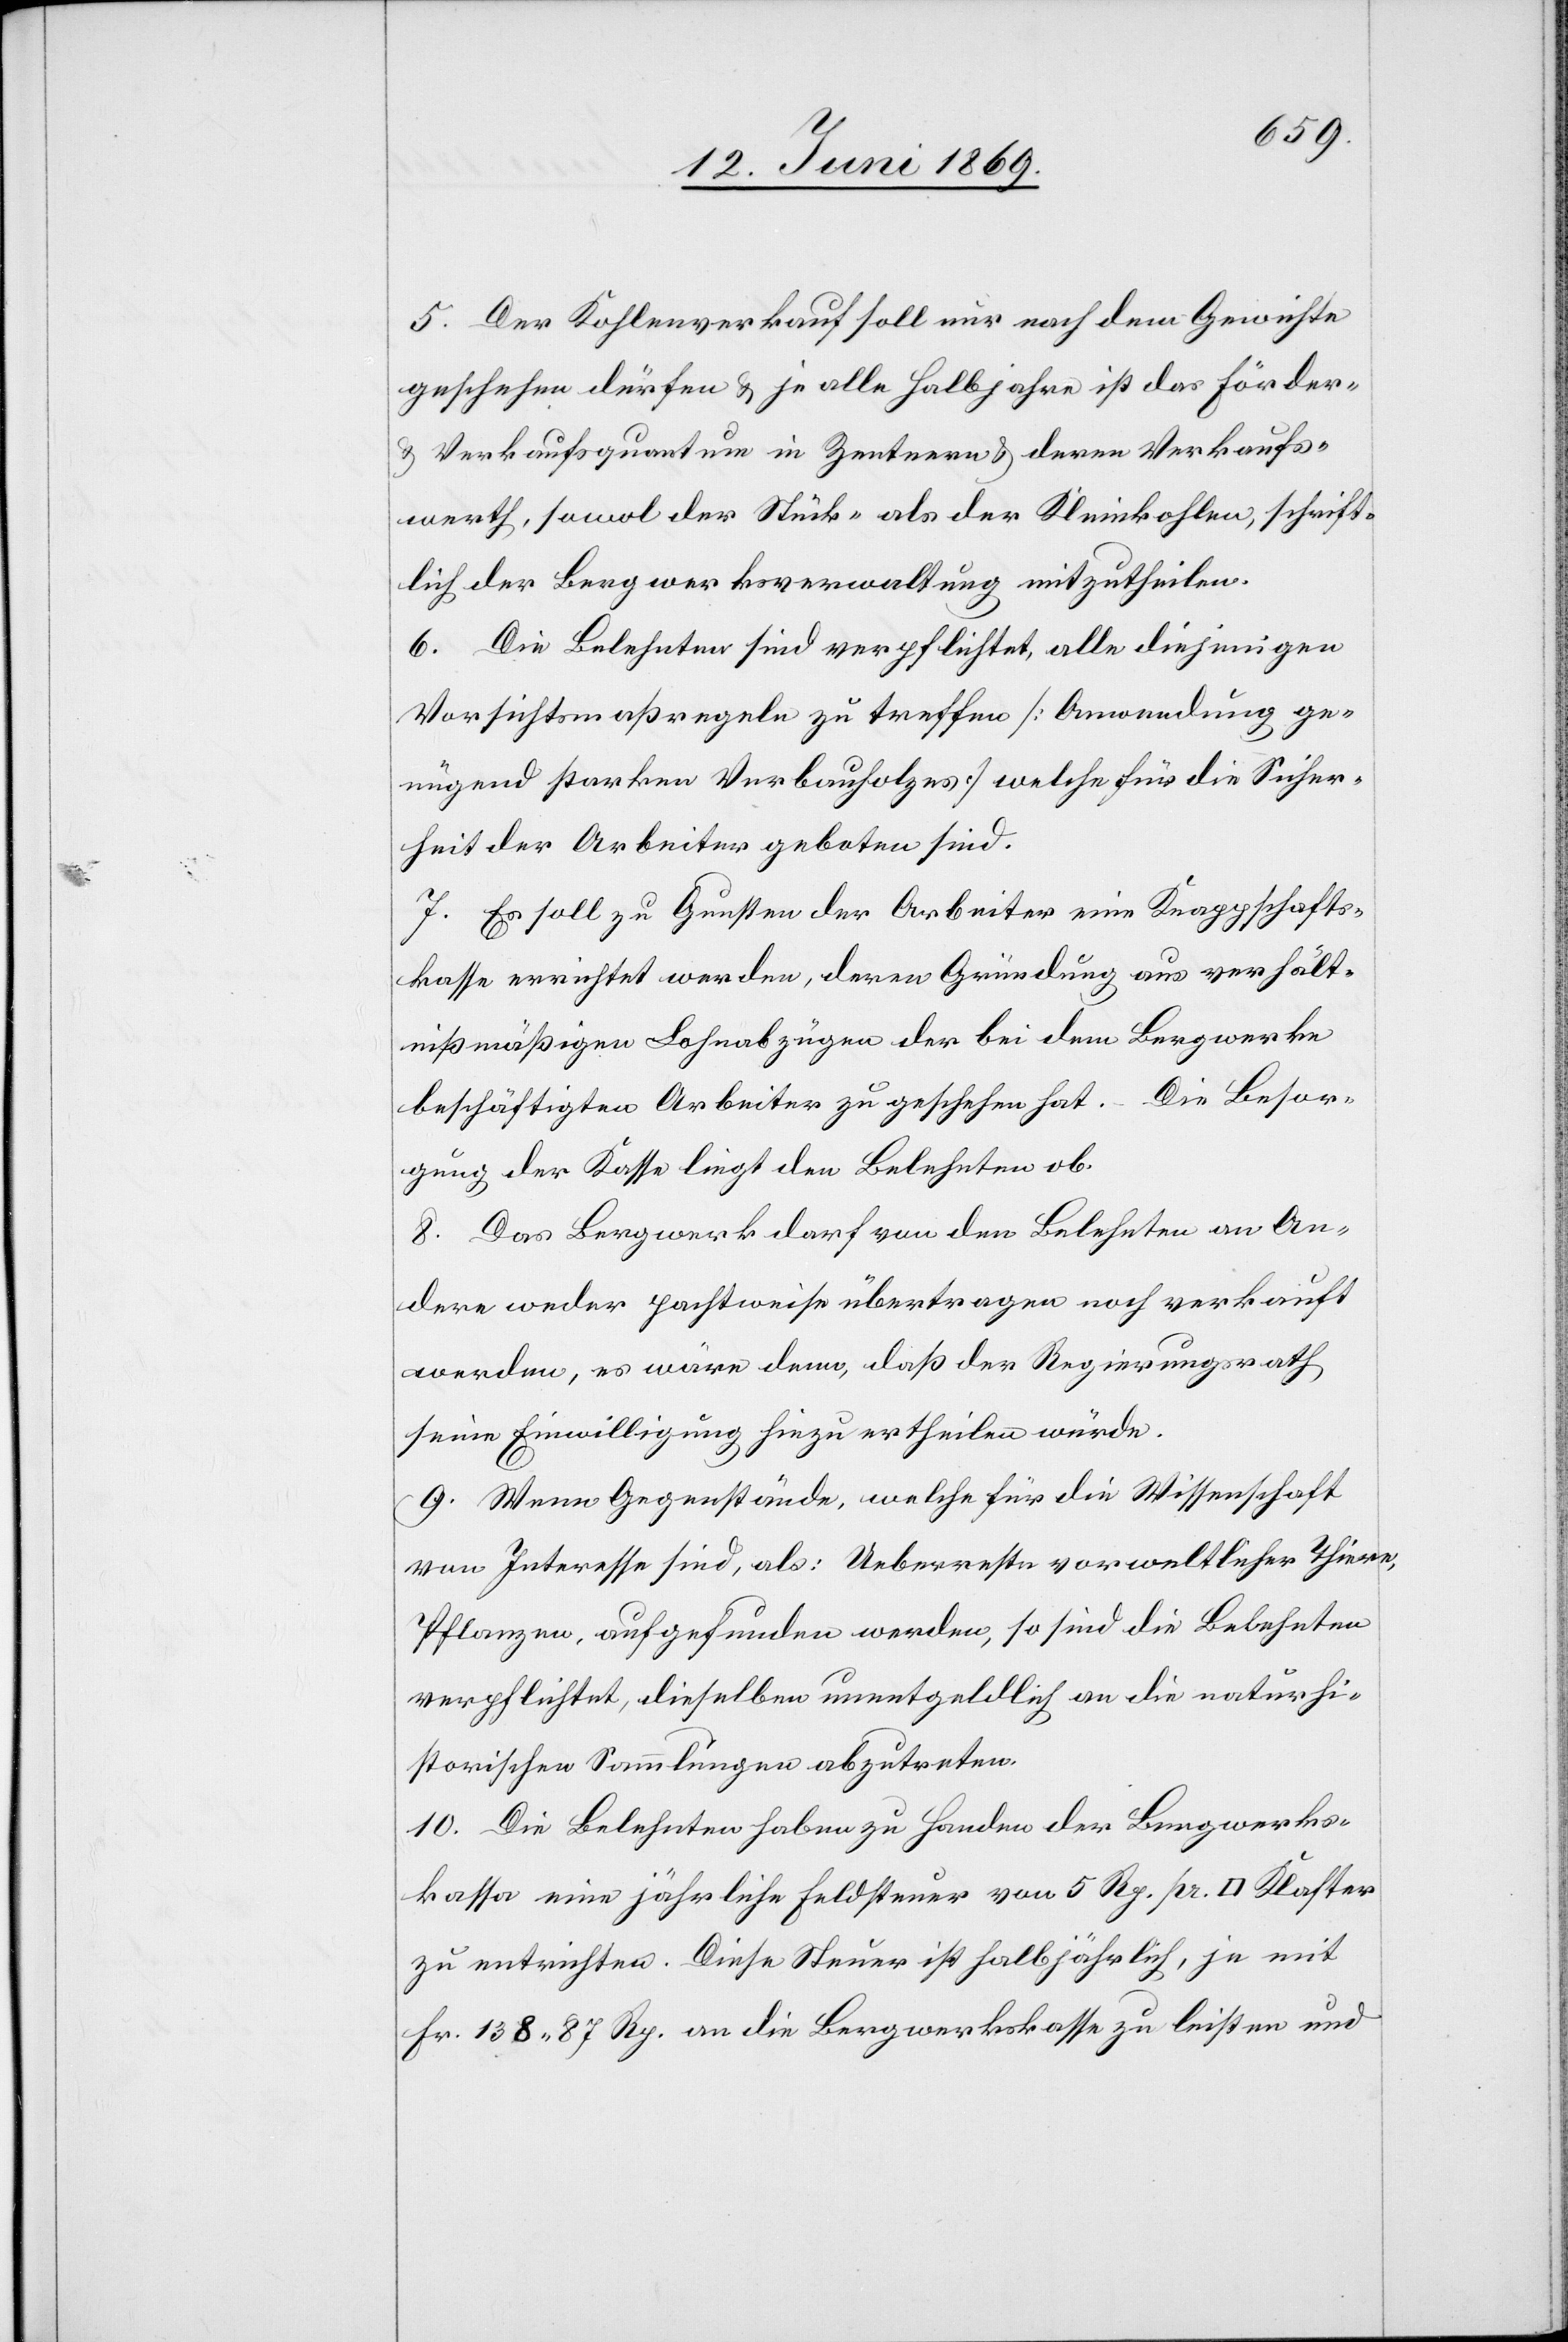
5. Der Kohlenverkauf soll nur nach dem Gewichte
geschehen dürfen u. je alle Halbjahre ist das Förder-
u. Verkaufsquantum in Zentnern u. deren Verkaufs¬
werth, sowol der Stück- als der Kleinkosten, schrift¬
lich der Bergwerksverwaltung mitzutheilen.
6. Die Belehnten sind verpflichtet, alle diejenigen
Vorsichtsmaßregeln zu treffen. [Anwendung ge¬
nügend starken Verbauholzes] welche für die Sicher¬
heit der Arbeiter geboten sind.
7. Es soll zu Gunsten der Arbeiter eine Knappschafts¬
kasse errichtet werden, deren Gründung aus verhält¬
nißmäßigen Lohnabzügen der bei dem Bergwerke
beschäftigten Arbeiter zu geschehen hat. – Die Besor¬
gung der Kasse liegt den Belehnten ob.
8. Das Bergwerk darf von den Belehnten an An¬
dere weder pachtweise übertragen noch verkauft
werden, es wäre denn, daß der Regierungsrath
seine Einwilligung hiezu ertheilen würde.
9. Wenn Gegenstände, welche für die Wissenschaft
von Interesse sind, als: Ueberreste vorweltlicher Thiere,
Pflanzen, aufgefunden werden, so sind die Belehnten
verpflichtet, dieselben unentgeldlich an die naturhi¬
storischen Sammlungen abzutreten.
10. Die Belehnten haben zu Handen der Bergwerks¬
kassa eine jährliche Feldsteuer von 5 Rp. pr. [Quadrat] Klaster
zu entrichten. Diese Steuer ist halbjährlich, je mit
Fr. 138.87 Rp. an die Bergwerkskasse zu leisten und